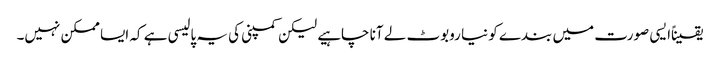
یقیناًایسی صورت میں بندے کو نیا روبوٹ لے آنا چاہیے لیکن کمپنی کی یہ پالیسی ہے کہ ایسا ممکن نہیں۔